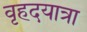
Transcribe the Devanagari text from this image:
वृहदयात्रा